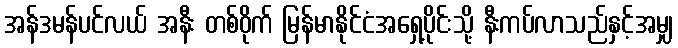
အန်ဒမန်ပင်လယ် အနီး တစ်ဝိုက် မြန်မာနိုင်ငံအရှေ့ပိုင်းသို့ နီးကပ်လာသည်နှင့်အမျှ